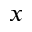
x